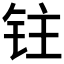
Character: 𰽯